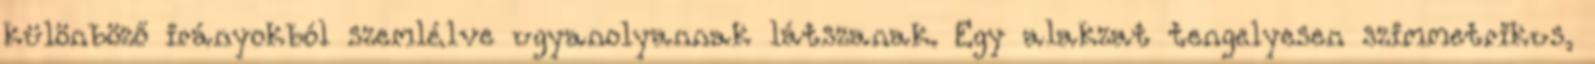
különböző irányokból szemlélve ugyanolyannak látszanak. Egy alakzat tengelyesen szimmetrikus,